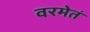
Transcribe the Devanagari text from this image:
वरमेतं